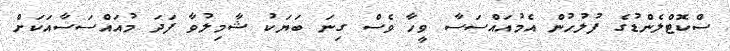
ސްކޮޓްލެންޑުގެ ފުލުހުން އެމުއައްސަސާ ވީހާ ވެސް ގިނަ ބަޔަކު ޝާމިލުވާ ފަދަ މުއައްސަސާއަކަށް